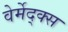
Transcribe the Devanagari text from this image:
वेर्मेद्क्स